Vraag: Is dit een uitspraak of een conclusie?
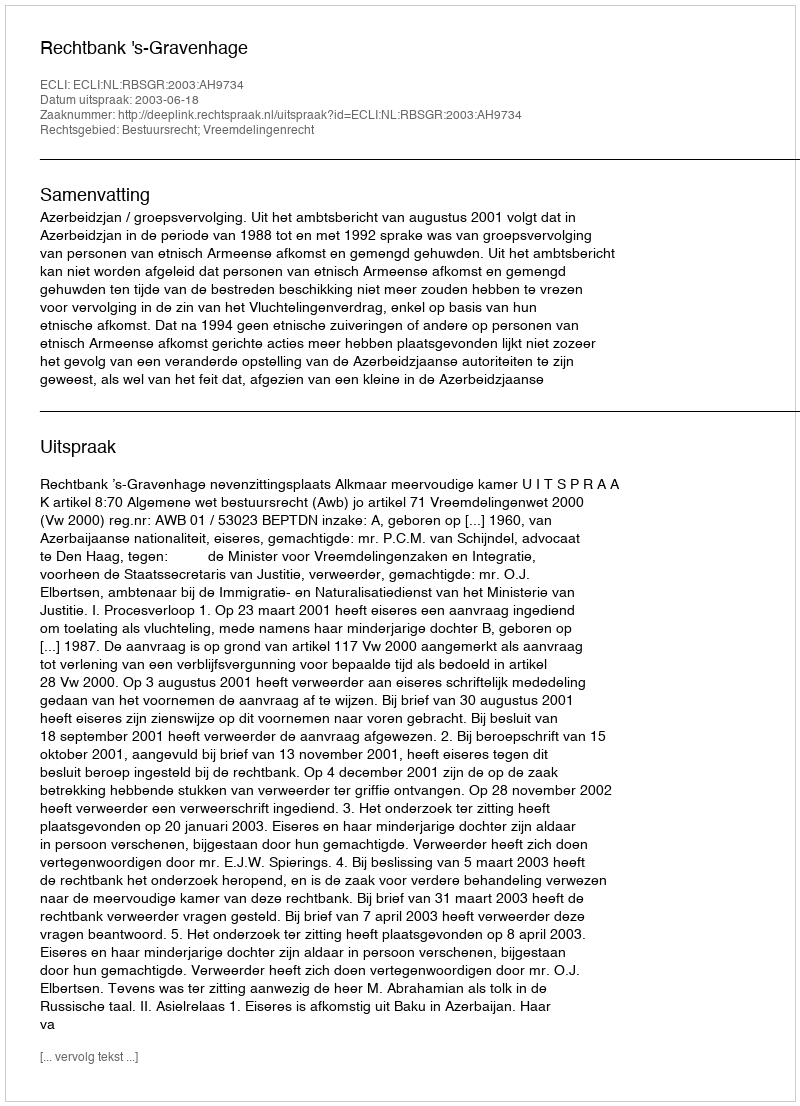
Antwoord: Uitspraak